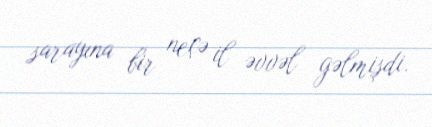
sarayına bir neçə il əvvəl gəlmişdi.